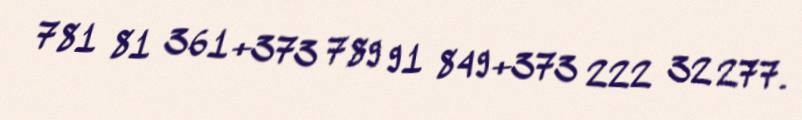
781 81 361+373 789 91 849+373 222 32 277.